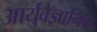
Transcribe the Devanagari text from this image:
आर्युवैज्ञानिक